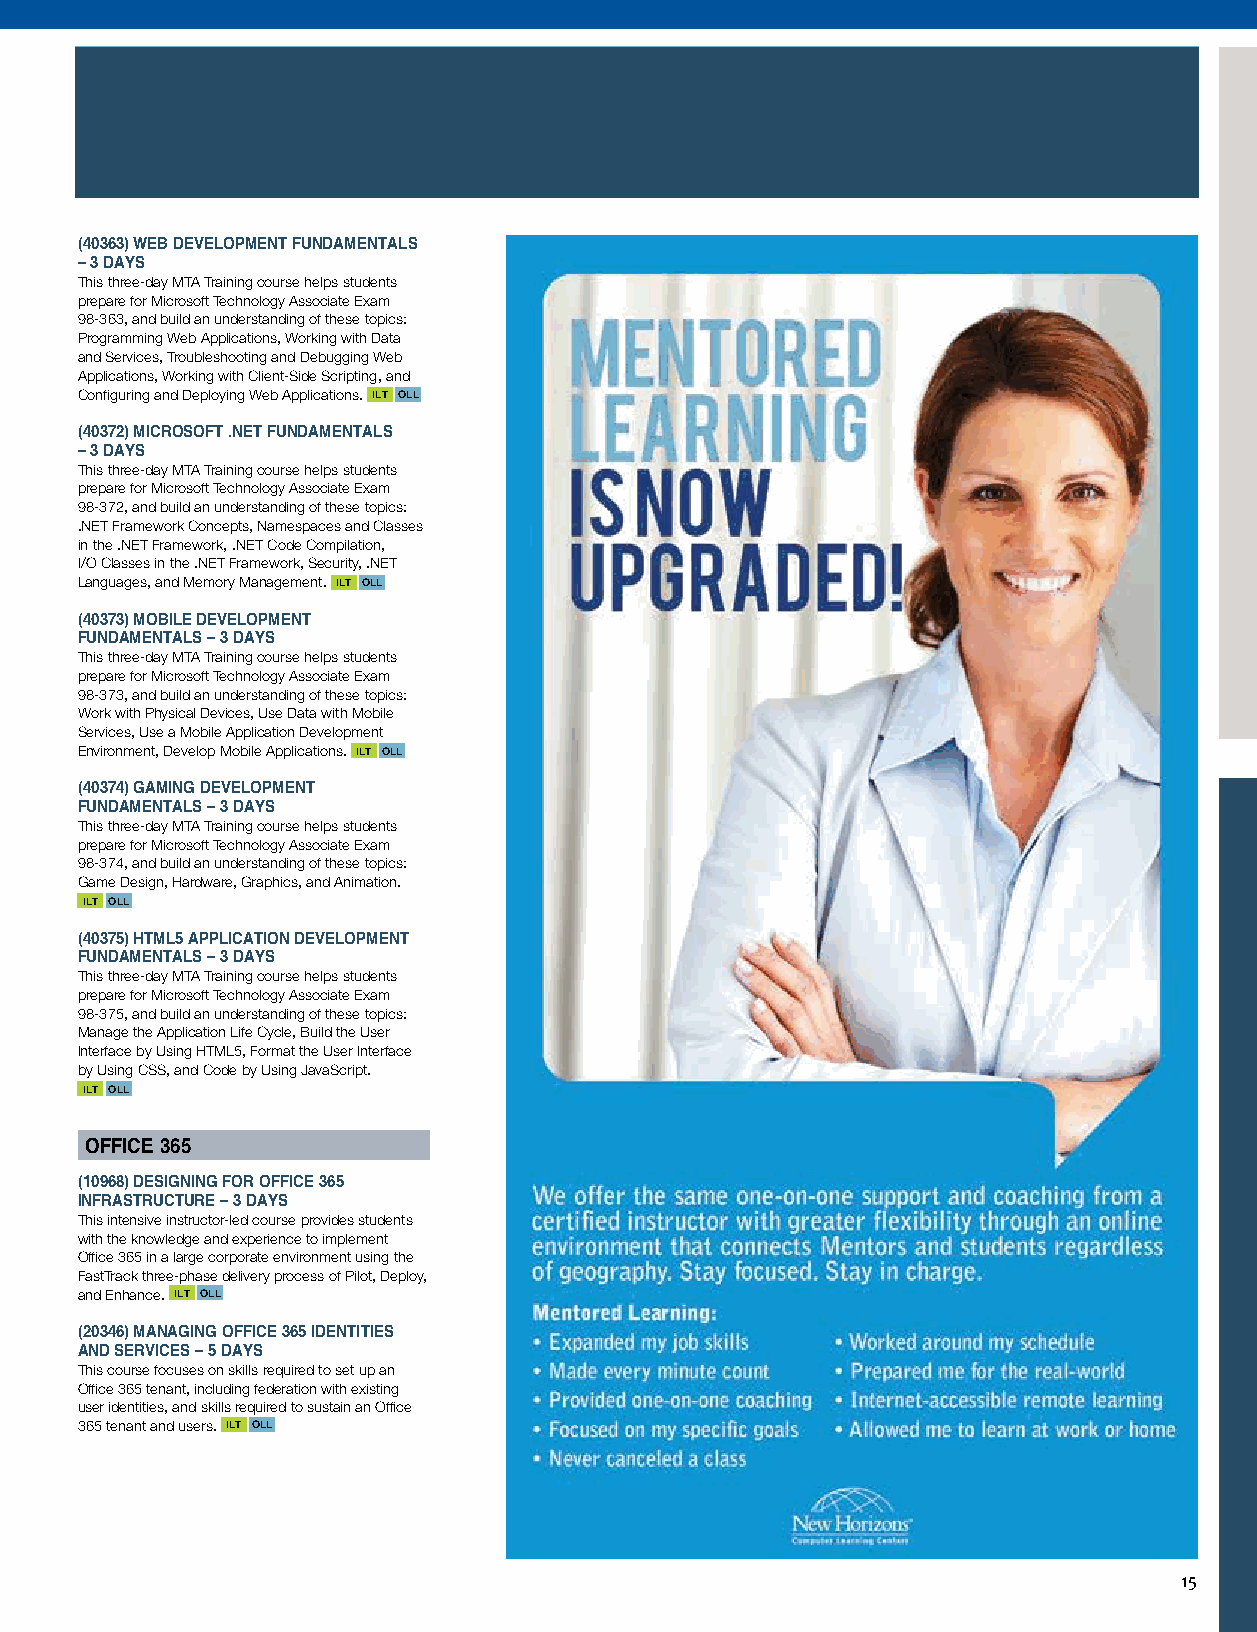
(40363) WEB DEVELOPMENT FUNDAMENTALS
 – 3 DAYS
 This three-day MTA Training course helps students
 prepare for Microsoft Technology Associate Exam
 98-363, and build an understanding of these topics:
 Programming Web Applications, Working with Data
 and Services, Troubleshooting and Debugging Web
 Applications, Working with Client-Side Scripting, and
 Configuring and Deploying Web Applications. ILT OLL
 (40372) MICROSOFT .NET FUNDAMENTALS
 – 3 DAYS
 This three-day MTA Training course helps students
 prepare for Microsoft Technology Associate Exam
 98-372, and build an understanding of these topics:
 .NET Framework Concepts, Namespaces and Classes
 in the .NET Framework, .NET Code Compilation,
 I/O Classes in the .NET Framework, Security, .NET
 Languages, and Memory Management. ILT OLL
 (40373) MOBILE DEVELOPMENT
 FUNDAMENTALS – 3 DAYS
 This three-day MTA Training course helps students
 prepare for Microsoft Technology Associate Exam
 98-373, and build an understanding of these topics:
 Work with Physical Devices, Use Data with Mobile
 Services, Use a Mobile Application Development
 Environment, Develop Mobile Applications. ILT OLL
 (40374) GAMING DEVELOPMENT
 FUNDAMENTALS – 3 DAYS
 This three-day MTA Training course helps students
 prepare for Microsoft Technology Associate Exam
 98-374, and build an understanding of these topics:
 Game Design, Hardware, Graphics, and Animation.
 ILT OLL
 (40375) HTML5 APPLICATION DEVELOPMENT
 FUNDAMENTALS – 3 DAYS
 This three-day MTA Training course helps students
 prepare for Microsoft Technology Associate Exam
 98-375, and build an understanding of these topics:
 Manage the Application Life Cycle, Build the User
 Interface by Using HTML5, Format the User Interface
 by Using CSS, and Code by Using JavaScript.
 ILT OLL
 OFFICE 365
 (10968) DESIGNING FOR OFFICE 365
 INFRASTRUCTURE – 3 DAYS
 ILT Instructor-Led Training
 This intensive instructor-led course provides students
 with the knowledge and experience to implement
 Office 365 in a large corporate environment using the OLL OnLine LIVE - Virtual ILT
 FastTrack three-phase delivery process of Pilot, Deploy,
 and Enhance. ILT OLL
 ML Mentored Learning
 (20346) MANAGING OFFICE 365 IDENTITIES
 AND SERVICES – 5 DAYS
 This course focuses on skills required to set up an
 Office 365 tenant, including federation with existing
 user identities, and skills required to sustain an Office
 365 tenant and users. ILT OLL
 www.newhorizons.com
 15